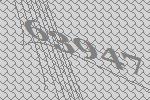
63947